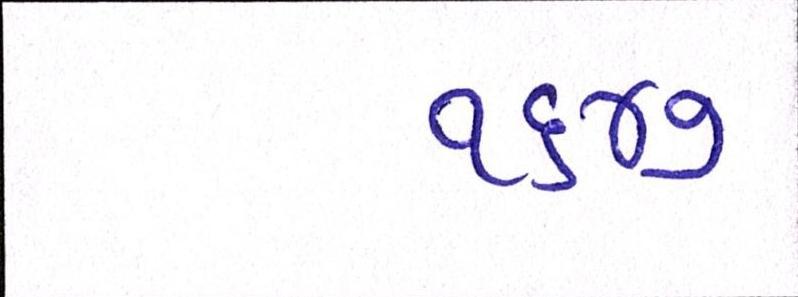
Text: ૧૬૪૭